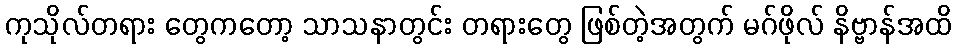
ကုသိုလ်တရား တွေကတော့ သာသနာတွင်း တရားတွေ ဖြစ်တဲ့အတွက် မဂ်ဖိုလ် နိဗ္ဗာန်အထိ